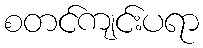
စတင်ကျင်းပရာ